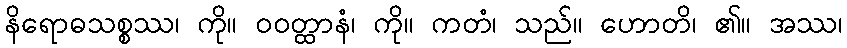
နိရောဓသစ္စဿ၊ ကို။ ဝဝတ္ထာနံ၊ ကို။ ကတံ၊ သည်။ ဟောတိ၊ ၏။ အဿ၊